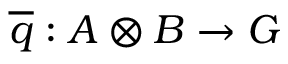
{ \overline { { q } } } : A \otimes B \to G